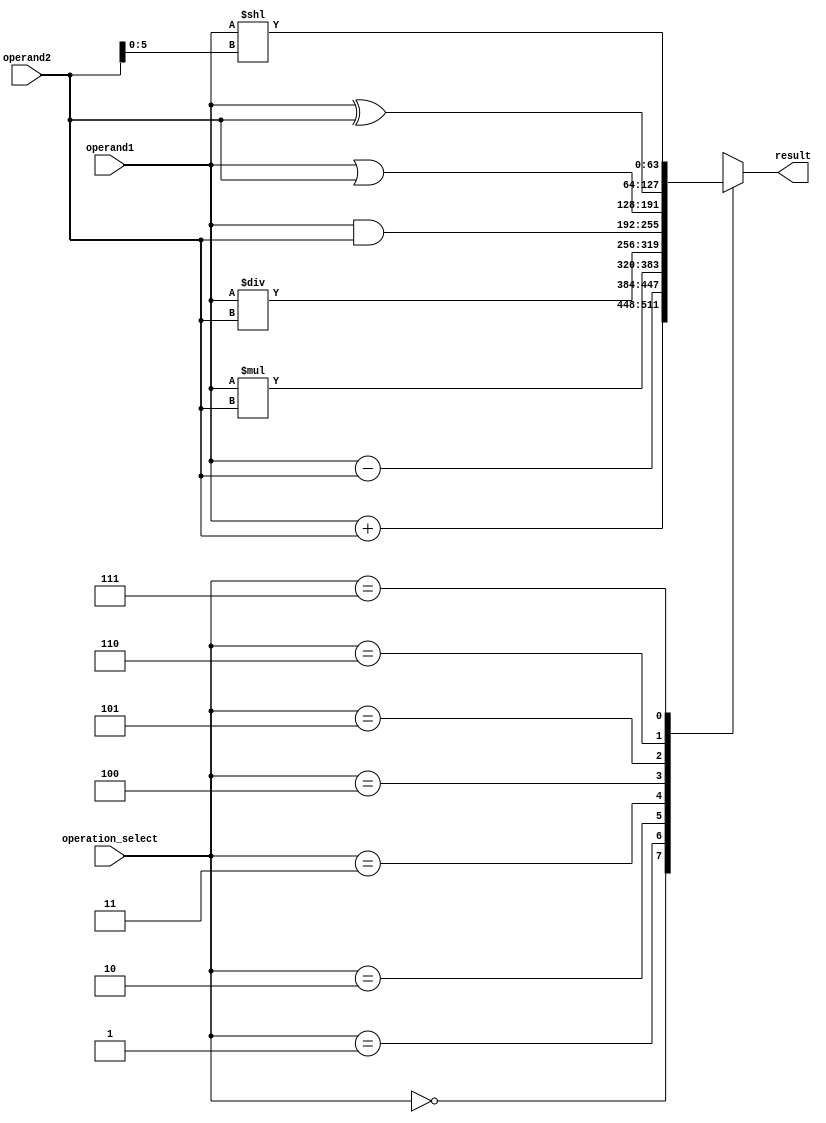
module ALU (
    input [63:0] operand1,
    input [63:0] operand2,
    input [2:0] operation_select,
    output reg [63:0] result
);

reg [63:0] sum, difference, product, division_result, logic_result, shift_result;

always @*
begin
    case(operation_select)
        3'b000: begin // Addition
            sum = operand1 + operand2;
            result = sum;
        end
        
        3'b001: begin // Subtraction
            difference = operand1 - operand2;
            result = difference;
        end
        
        3'b010: begin // Multiplication
            product = operand1 * operand2;
            result = product;
        end
        
        3'b011: begin // Division
            division_result = operand1 / operand2;
            result = division_result;
        end
        
        3'b100: begin // Bitwise AND
            logic_result = operand1 & operand2;
            result = logic_result;
        end
        
        3'b101: begin // Bitwise OR
            logic_result = operand1 | operand2;
            result = logic_result;
        end
        
        3'b110: begin // Bitwise XOR
            logic_result = operand1 ^ operand2;
            result = logic_result;
        end
        
        3'b111: begin // Bitwise Shift
            shift_result = operand1 << operand2[5:0]; // Assuming operand2[5:0] specifies the shift amount
            result = shift_result;
        end
    endcase
end

endmodule